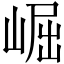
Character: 崛